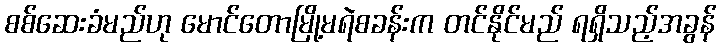
စစ်ဆေးခံမည်ဟု မောင်တောမြို့မရဲစခန်းက တင်နိုင်မည် ရရှိသည့်အခွန်